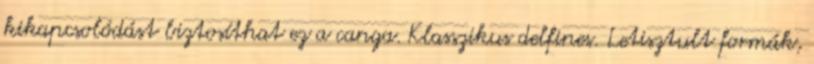
kikapcsolódást biztosíthat ez a canga. Klasszikus delfines. Letisztult formák,